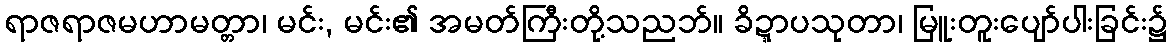
ရာဇရာဇမဟာမတ္တာ၊ မင်း, မင်း၏ အမတ်ကြီးတို့သညဘ်။ ခိဍ္ဍာပသုတာ၊ မြူးတူးပျော်ပါးခြင်း၌